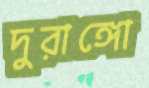
দুরাঙ্গো